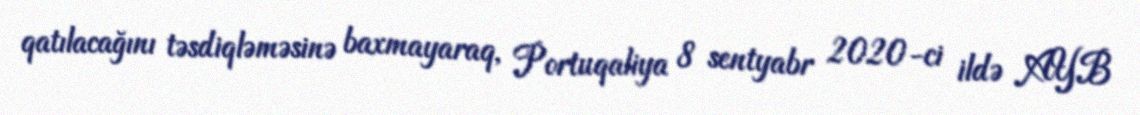
qatılacağını təsdiqləməsinə baxmayaraq, Portuqaliya 8 sentyabr 2020-ci ildə AYB